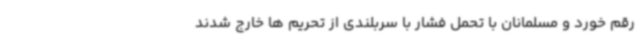
رقم خورد و مسلمانان با تحمل فشار با سربلندی از تحریم ها خارج شدند